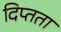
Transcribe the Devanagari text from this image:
दिप्तता